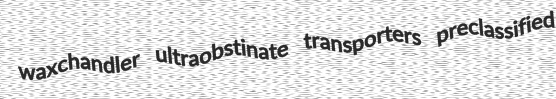
waxchandler ultraobstinate transporters preclassified